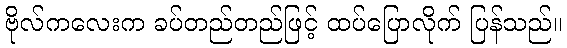
ဗိုလ်ကလေးက ခပ်တည်တည်ဖြင့် ထပ်ပြောလိုက် ပြန်သည်။